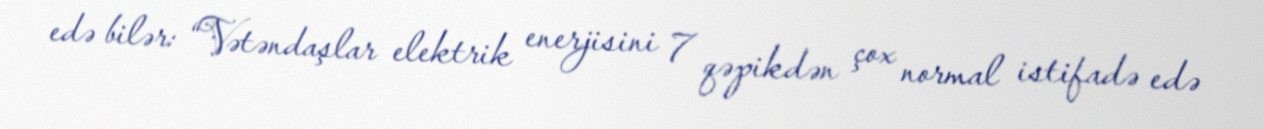
edə bilər: “Vətəndaşlar elektrik enerjisini 7 qəpikdən çox normal istifadə edə